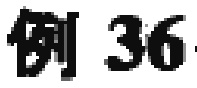
例 36